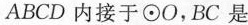
ABCD内接于\odot O，BC是